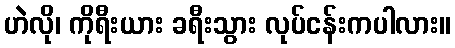
ဟဲလို၊ ကိုရီးယား ခရီးသွား လုပ်ငန်းကပါလား။